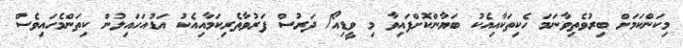
މިކަންކަމަށް ބިރުވެތިވާނަމަ ހެކިތަކާއިއެކު ބަޔާންކޮށްފައިވާ މި ވީޑިއޯ/ ދަރުސް ފަރުވާތެރިކަމާއިއެކު އަޑުއަހައިލުން ކިތަންމެހައިވެސް